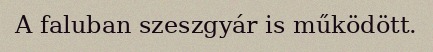
A faluban szeszgyár is működött.